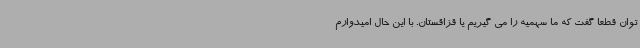
توان قطعا گفت که ما سهمیه را می گیریم یا قزاقستان. با این حال امیدوارم